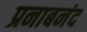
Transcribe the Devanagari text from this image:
प्रनाबनंद